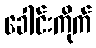
ခေါင်းကိုက်